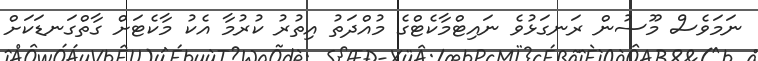
ނަމަވެސް މޫސުން ރަނގަޅުވެ ނައިޓްމާކެޓްގެ މުއްދަތު އިތުރު ކުރުމާ އެކު މާކެޓަށް ގާތްގަނޑަކަށް